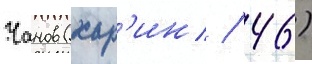
Чанов (хар'ин / 46)